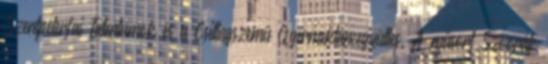
Szentpéterfai Talentumok és a Csillagszemű Gyermektáncegyüttes. A műsort Szvorák